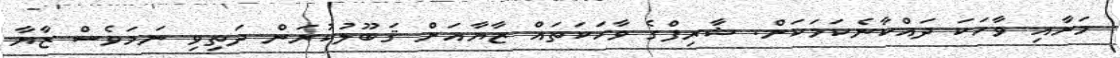
މަށާއި ވާހަކަ ދައްކާނެކަމަކަށް. ޝާރިފްގެ ވާހަކަތައް ޒާޔާއަށް ޤަބޫލުކުރަން ދަތިވި ނަމަވެސް ޒާޔާ